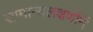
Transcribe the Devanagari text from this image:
सामान्यलक्षणोंमें